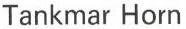
Tankmar Horn